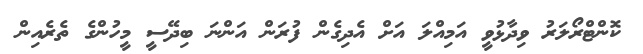
ކޮންޓްރޯލަރު ވިދާޅުވީ އަމިއްލަ އަށް އެދިގެން ފުރަން އަންނަ ބިދޭސީ މީހުންގެ ތެރެއިން